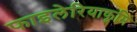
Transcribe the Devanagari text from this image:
फाइलेरियाकृमि